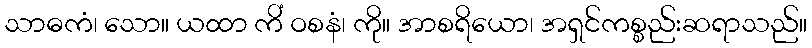
သာဓကံ၊ သော။ ယထာ ကိံ ဝစနံ၊ ကို။ အာစရိယော၊ အရှင်ကစ္စည်းဆရာသည်။